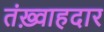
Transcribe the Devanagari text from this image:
तंख़्वाहदार